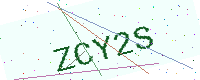
Text: ZCY2S